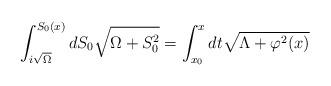
LaTeX: \begin{align*}\int^{S_0(x)}_{i\sqrt\Omega} {dS_0 \sqrt{\Omega + S_0^2}} =\int^{x}_{x_0}{dt \sqrt{\Lambda + \varphi^2(x)}}\end{align*}